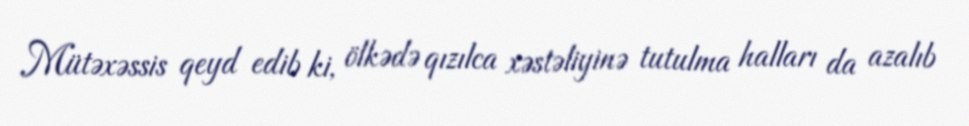
Mütəxəssis qeyd edib ki, ölkədə qızılca xəstəliyinə tutulma halları da azalıb